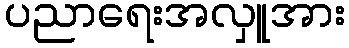
ပညာရေးအလှူအား